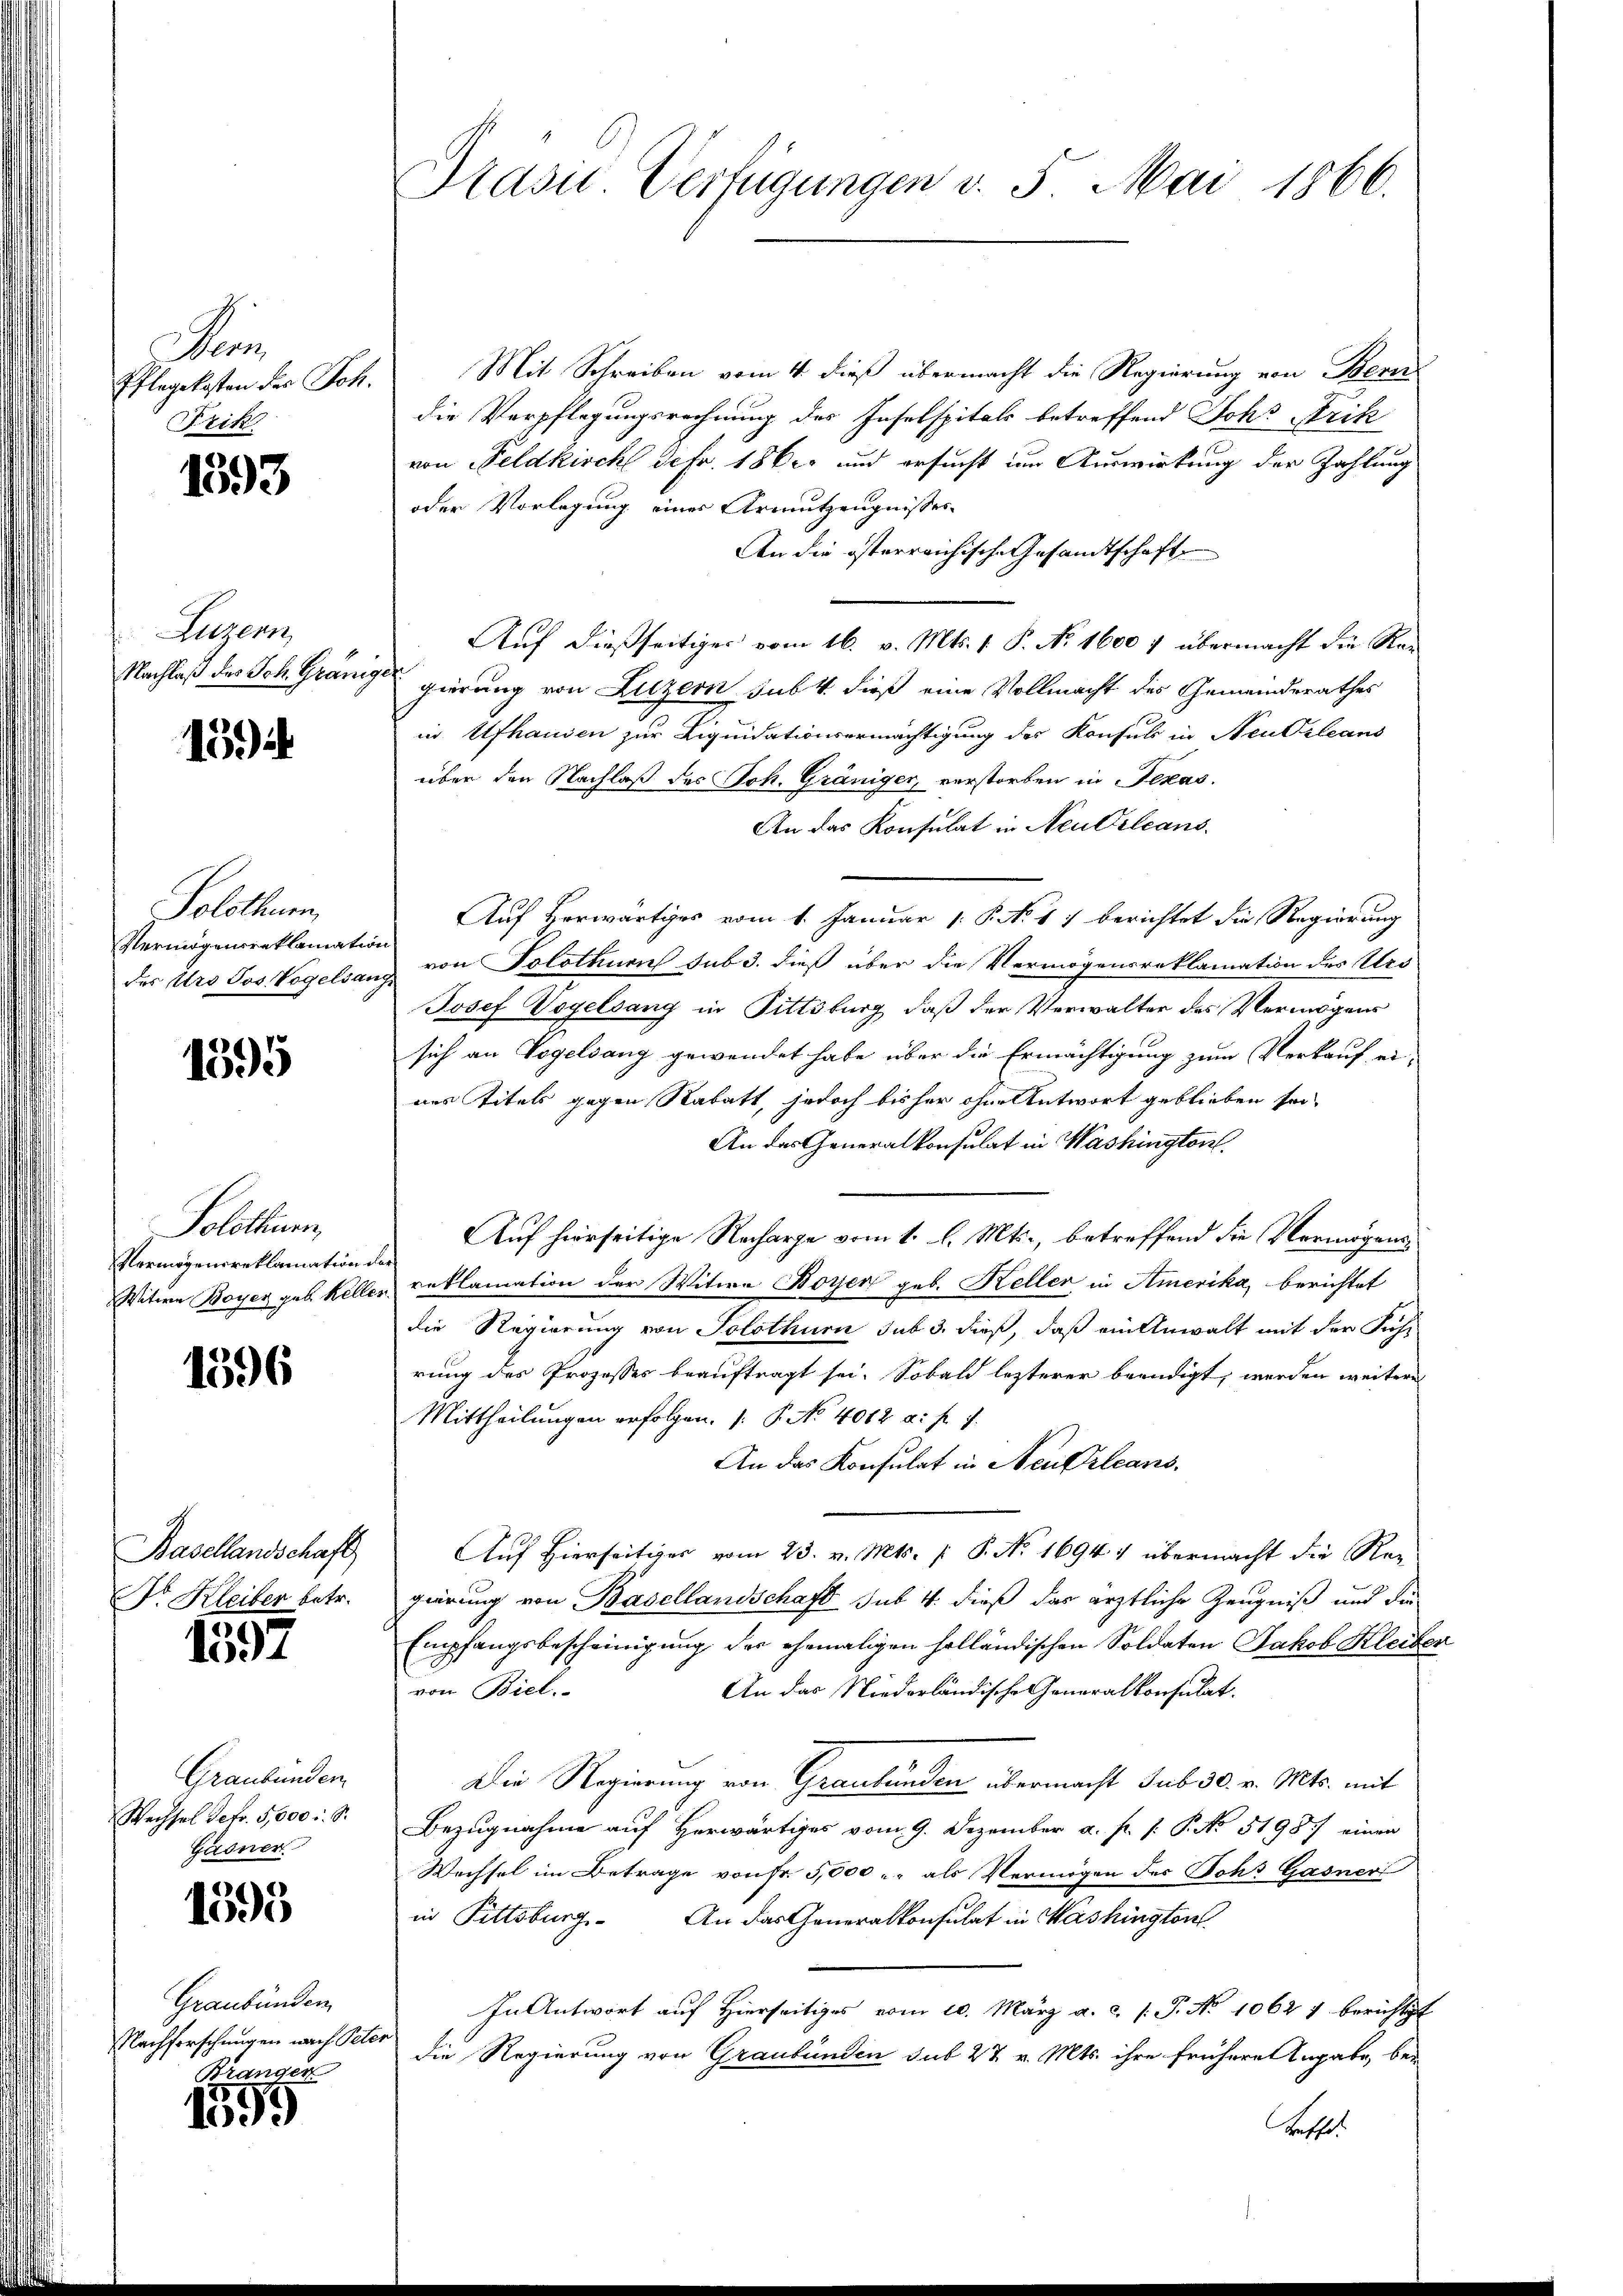
a
Pflegekosten der Joh.
Fzik

1393

Luzern,
Nachlaß des Joh. Gränig

15

Solothur,
Vermögensreklamat
des Urs Jos. Vogelsa

1595

Solothurn,
Vermögensreklamation
Witwe Boyer geb. Kelle

1596

Basellandschaft
Dr. Kleiber betr.

1592

Graubünden
Wechsel deto 5,000 : S.
Gasner

1595

Graubünden
Nachforschungen nach Peter
Branger

1599

Präsid. Verfügungen v. 5. Mai 1866.

Mit Schreiben vom 4. dieß übermacht die Regierung von Bern
die Verpflegungsrechnung des Inselspitals betreffend Johr Frik
von Feldkirchl Sefr. 1862 und ersucht im Auswirkung der Zahlung
oder Vorlegung eines Armutzeugnisses
An die österreichische Gesandtschaft
Auf dießseitiges vom 16. v. Mts. 1 P. No. 1600 f übermacht die Kan
gierung von Luzern sub 4. dieß eine Vollmacht des Gemeinderathes
in Ufhausen zur Liquidationsermächtigung des Konsuls in Neuzleans
über den Nachlaß des Joh. Gräniger, verstorben in Texas
An das Konsulat in Neu Orleans
Auf Herwärtiges vom 1. Januar 1 P No 17 berichtet die Regierung
von Solothurn sub 3. dieß über die Vermögensreklamation des Urs
Josef Vogelsang in Pittsburg, daß der Verwalter des Vermögens
sich an Vogelsang gewendet habe über die Ermächtigung zum Verkauf ei
nes Titels gegen Rabatt, jedoch bisher ohne Antwort geblieben sei
An das Generalkonsulat in Washington.
Auf hierseitige Recharge vom 1. l. Mts., betreffend die Vermögensreklamation der Witwe Boyen geb. Keller in Amerika berichtet
die Regierung von Solothurn sub 3. dieß, daß ein Anwalt mit der Fach-
rung des Prozesses beauftragt sei. Sobald lezterer beendigt, werden weitere
Mittheilungen erfolgen. ( P. No 4082 a. f. 7
An das Konsulat in Neukrleans
Auf Hierseitiger vom 23. v. Mts. [ P. No 1694 1 übermacht die Rei
gierung von Basellandschaft sub. 4. dieß das ärztliche Zeugniß und die
Empfangsbescheinigung der ehemaligen holländischen Soldaten Jakob Kleiber
von Biel.
An das Niederländische Generalkonsulat.
Die Regierung von Graubünden übermacht sub 30. v. Mts. mit
Bezugnahme auf Herwärtiges vom 9. Dezember a. f. 1. P. No 5198. einen
Wechsel im Betrage von Fr. 5000 u. als Vermögen des Sohr Gasner
in Pittsburg. An das Generalkonsulat in Washingten
In Antwort auf Hierseitiges vom 10. März a. c. (T. No 1062 1 berichtst
die Regierung von Graubünden sub 27 v. Mts. ihre frühere Angabe, be¬
Bessel